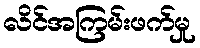
လိင်အကြမ်းဖက်မှု